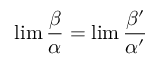
\operatorname* { l i m } { \frac { \beta } { \alpha } } = \operatorname* { l i m } { \frac { \beta ^ { \prime } } { \alpha ^ { \prime } } }